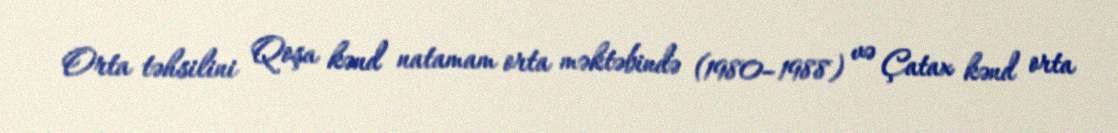
Orta təhsilini Qoşa kənd natamam orta məktəbində (1980–1988) və Çatax kənd orta